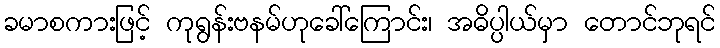
ခမာစကားဖြင့် ကုရွန်းဗနမ်ဟုခေါ်ကြောင်း၊ အဓိပ္ပါယ်မှာ တောင်ဘုရင်